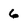
Character: 6